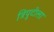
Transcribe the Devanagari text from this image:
त्रिपुटीला